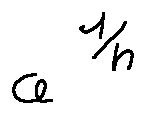
a ^ { \frac { 1 } { n } }